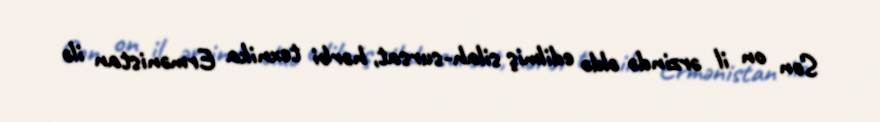
Son on il ərzində əldə edilmiş silah-sursat, hərbi texnika Ermənistan ilə